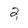
Character: 2